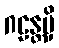
ဂဠန္တမှိ